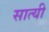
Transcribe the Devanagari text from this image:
सात्यी